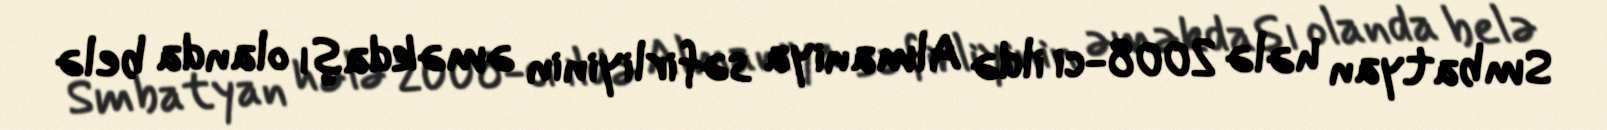
Smbatyan hələ 2008-ci ildə Almaniya səfirliyinin əməkdaşı olanda belə